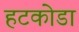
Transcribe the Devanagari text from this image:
हटकोडा